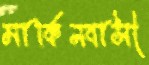
মার্কিনবাসী